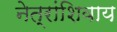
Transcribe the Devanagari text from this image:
नेत्रांशिवाय